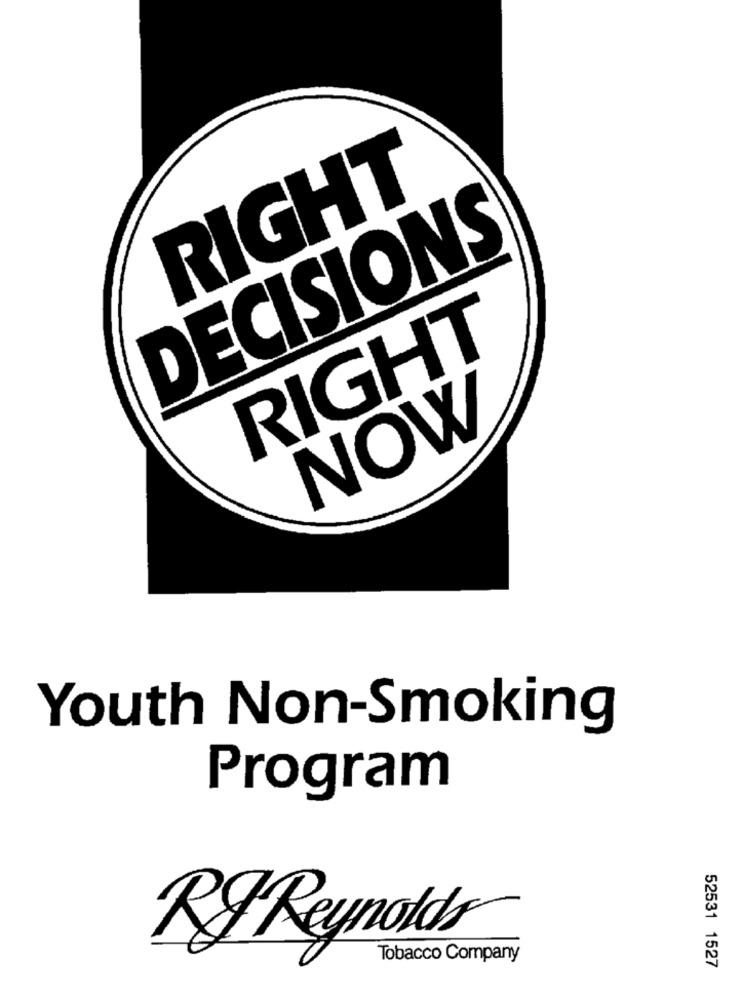
RIGHT
DECISIONS
RIGHT
NOW
Youth Non-Smoking
Program
RIReynolds
Tobacco Company
52531 1527